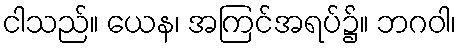
ငါသည်။ ယေန၊ အကြင်အရပ်၌။ ဘဂဝါ၊